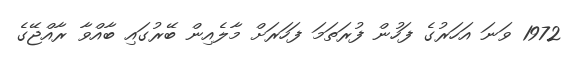
1972 ވަނަ އަހަރުގެ ފަހުން ފުރަތަމަ ފަހަރަށް މާލެއިން ބޭރުގައި ބާއްވާ ރާއްޖޭގެ